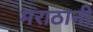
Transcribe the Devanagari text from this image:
मराठानी